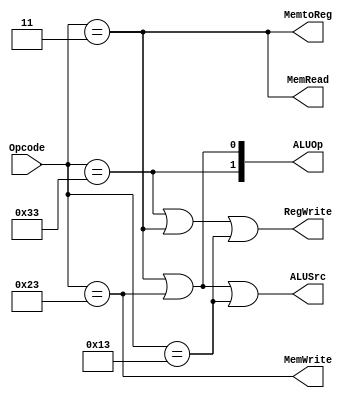
`timescale 1ns / 1ps
//////////////////////////////////////////////////////////////////////////////////
// Company: EECS 31L
// Module Name: Controller
// Project Name: Lab 5
//////////////////////////////////////////////////////////////////////////////////

module Controller (
  input  [6:0] Opcode,
  output       ALUSrc, MemtoReg, RegWrite, MemRead, MemWrite, // to datapath
  output [1:0] ALUOp                                         // to ALUctrl
  );
  
  // opcode instruction-type constants
  reg [6:0] R_TYPE, I_TYPE, LW, SW;
  
  initial begin
    R_TYPE = 7'b0110011; // uses rs1, rs2, and rd
    I_TYPE = 7'b0010011; // constant used instead of rs2
    LW     = 7'b0000011; // load, variant of I-type, rs2 not used
    SW     = 7'b0100011; // store, rd not used bc writing to DataMem
  end
  
  // --- SET CONTROL SIGNALS BASED ON INSTRUCTION TYPE ---
  
  // modes that use immediate as SrcB require alu_src to be 1
  assign ALUSrc   =  (Opcode == LW || Opcode == SW || Opcode == I_TYPE);
  
  // all modes implemented except 'store word' require reg_write to be 1
  assign RegWrite =  (Opcode == R_TYPE || Opcode == LW || Opcode == I_TYPE);
  
  // 'load word' is the only mode that writes memory data to reg_write_addr
  assign MemtoReg =  (Opcode == LW);
  assign MemRead  =  (Opcode == LW);
  assign MemWrite =  (Opcode == SW);
  
  // ALUOp bits set separately
  assign ALUOp[0] = (Opcode == LW || Opcode == SW);
  assign ALUOp[1] = (Opcode == R_TYPE); // 00 if I_TYPE
  // ALUOp logic reduction
//  assign ALUOp[0] = ~Opcode[4];               // 1 for LW and SW
//  assign ALUOp[1] =  Opcode[4] & Opcode[5];   // 1 for R-type

endmodule // Controller